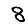
Digit: 8